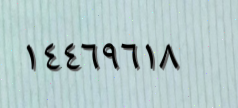
١٤٤٦٩٦١٨